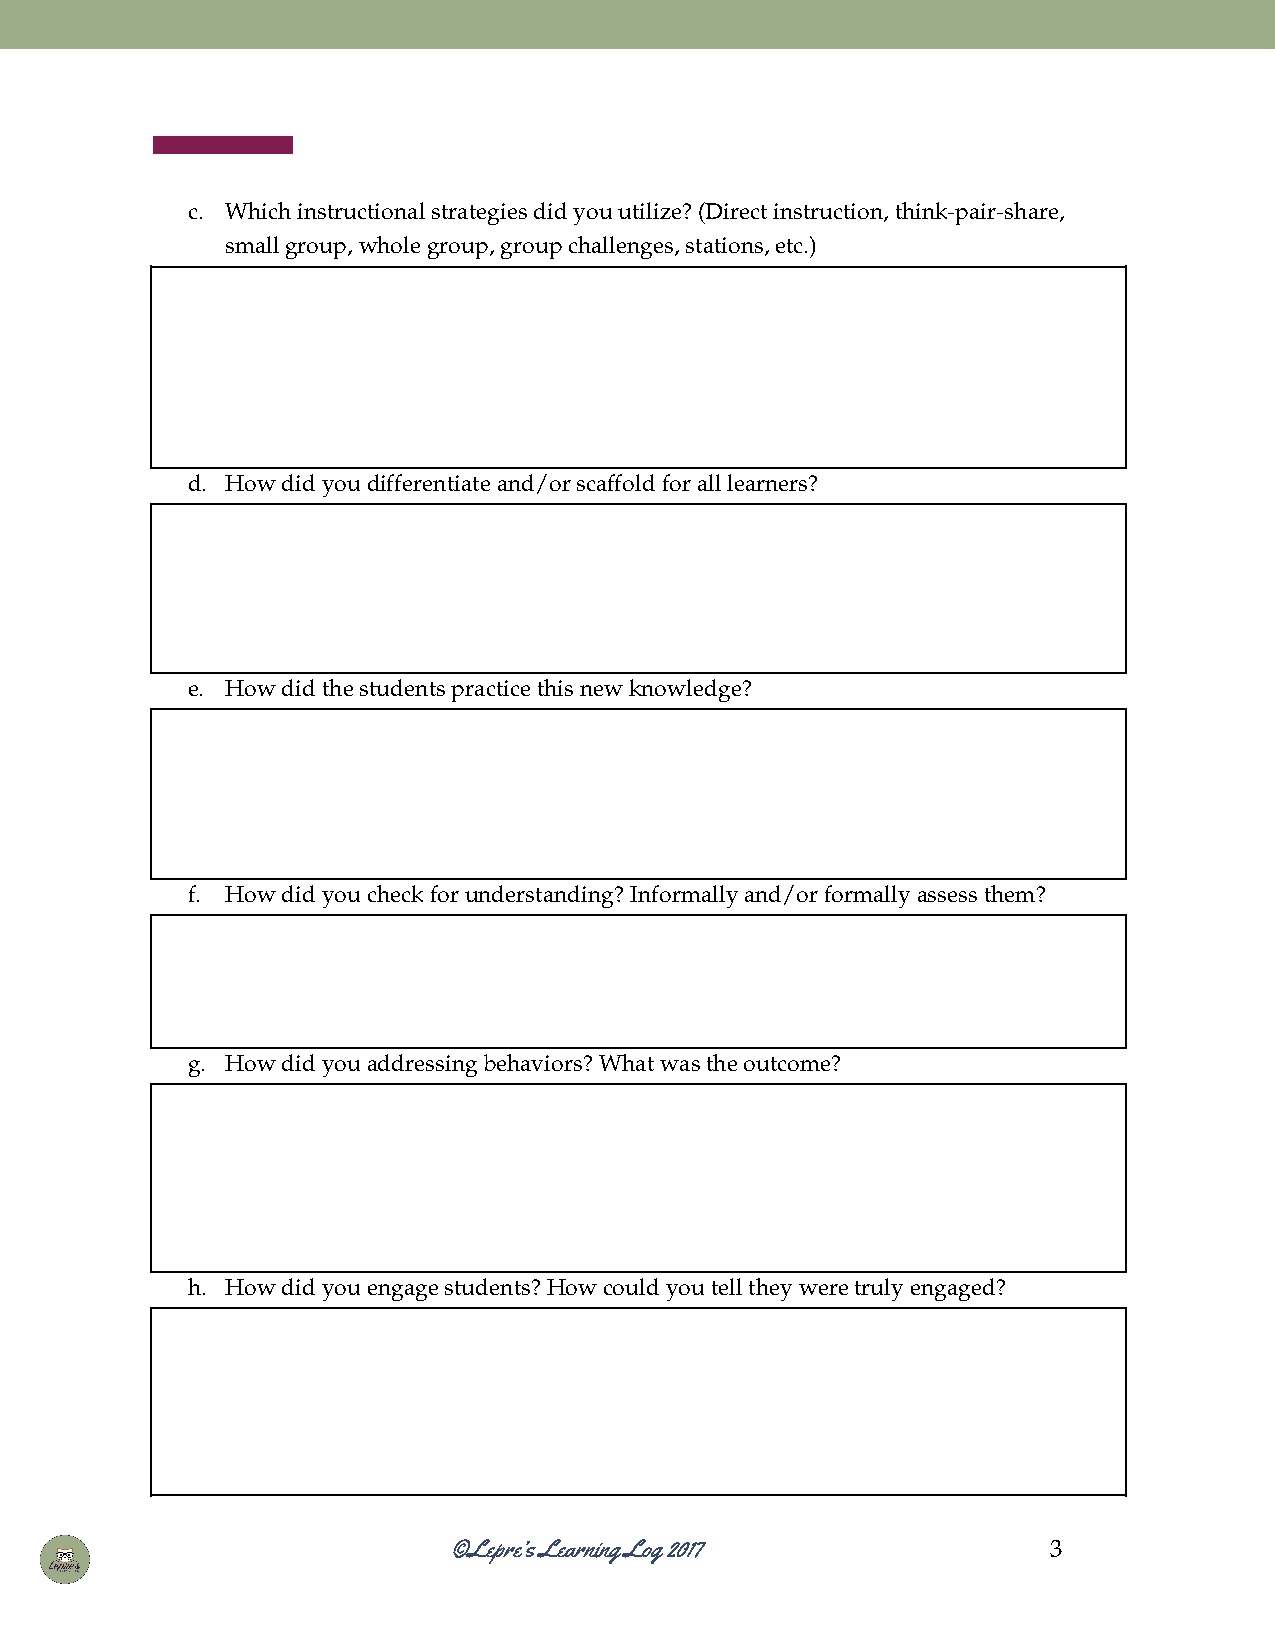
c. Which instructional strategies did you utilize? (Direct instruction, think-pair-share,
 ​​       ​​     ​​ ​​ ​​   ​​   ​​      ​​
 small group, whole group, group challenges, stations, etc.)
 ​​  ​​   ​​   ​​  ​​      ​​    ​​
 d. How did you differentiate and/or scaffold for all learners?
 ​​ ​​ ​​      ​​    ​​   ​​ ​​ ​​
 e. How did the students practice this new knowledge?
 ​​ ​​ ​​    ​​   ​​ ​​ ​​
 f. How did you check for understanding? Informally and/or formally assess them?
 ​​ ​​ ​​  ​​ ​​        ​​      ​​   ​​    ​​   ​​
 g. How did you addressing behaviors? What was the outcome?
 ​​ ​​ ​​      ​​     ​​  ​​ ​​ ​​
 h. How did you engage students? How could you tell they were truly engaged?
 ​​ ​​ ​​   ​​     ​​  ​​  ​​ ​​ ​​ ​​ ​​  ​​
 ©Lepre’s Learning Log 2017              3
 ​​    ​​ ​​